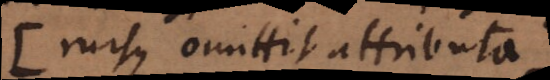
(Rursus omittit attributa.